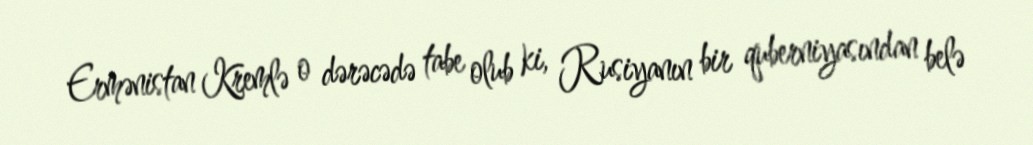
Ermənistan Kremlə o dərəcədə tabe olub ki, Rusiyanın bir quberniyasından belə